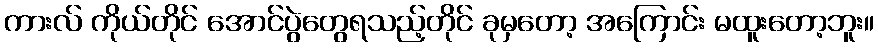
ကားလ် ကိုယ်တိုင် အောင်ပွဲတွေရသည့်တိုင် ခုမှတော့ အကြောင်း မထူးတော့ဘူး။